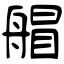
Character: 艒